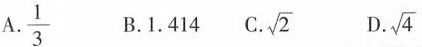
A.\frac{1}{3} B.1.414 C.\sqrt{2} D.\sqrt{4}